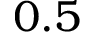
0 . 5